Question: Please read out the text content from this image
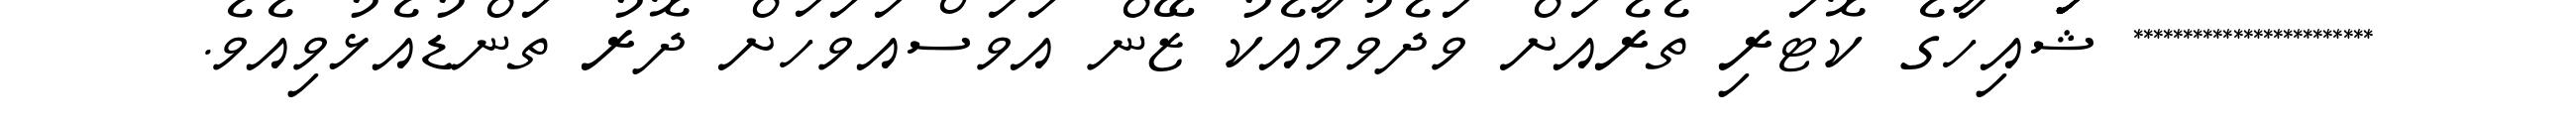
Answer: ************************ ޝަަަަަަަައިހާގެ ކޮޓަރި ތެރެއަށް ވަދެވުމާއެކު ޒޭން އަވަސްއަވަހަށް ދޮރު ތަންޑުއެޅުވިއެވެ.